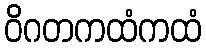
ဝိဂတကထံကထံ